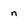
Character: n